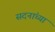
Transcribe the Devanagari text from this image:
सदनांच्या